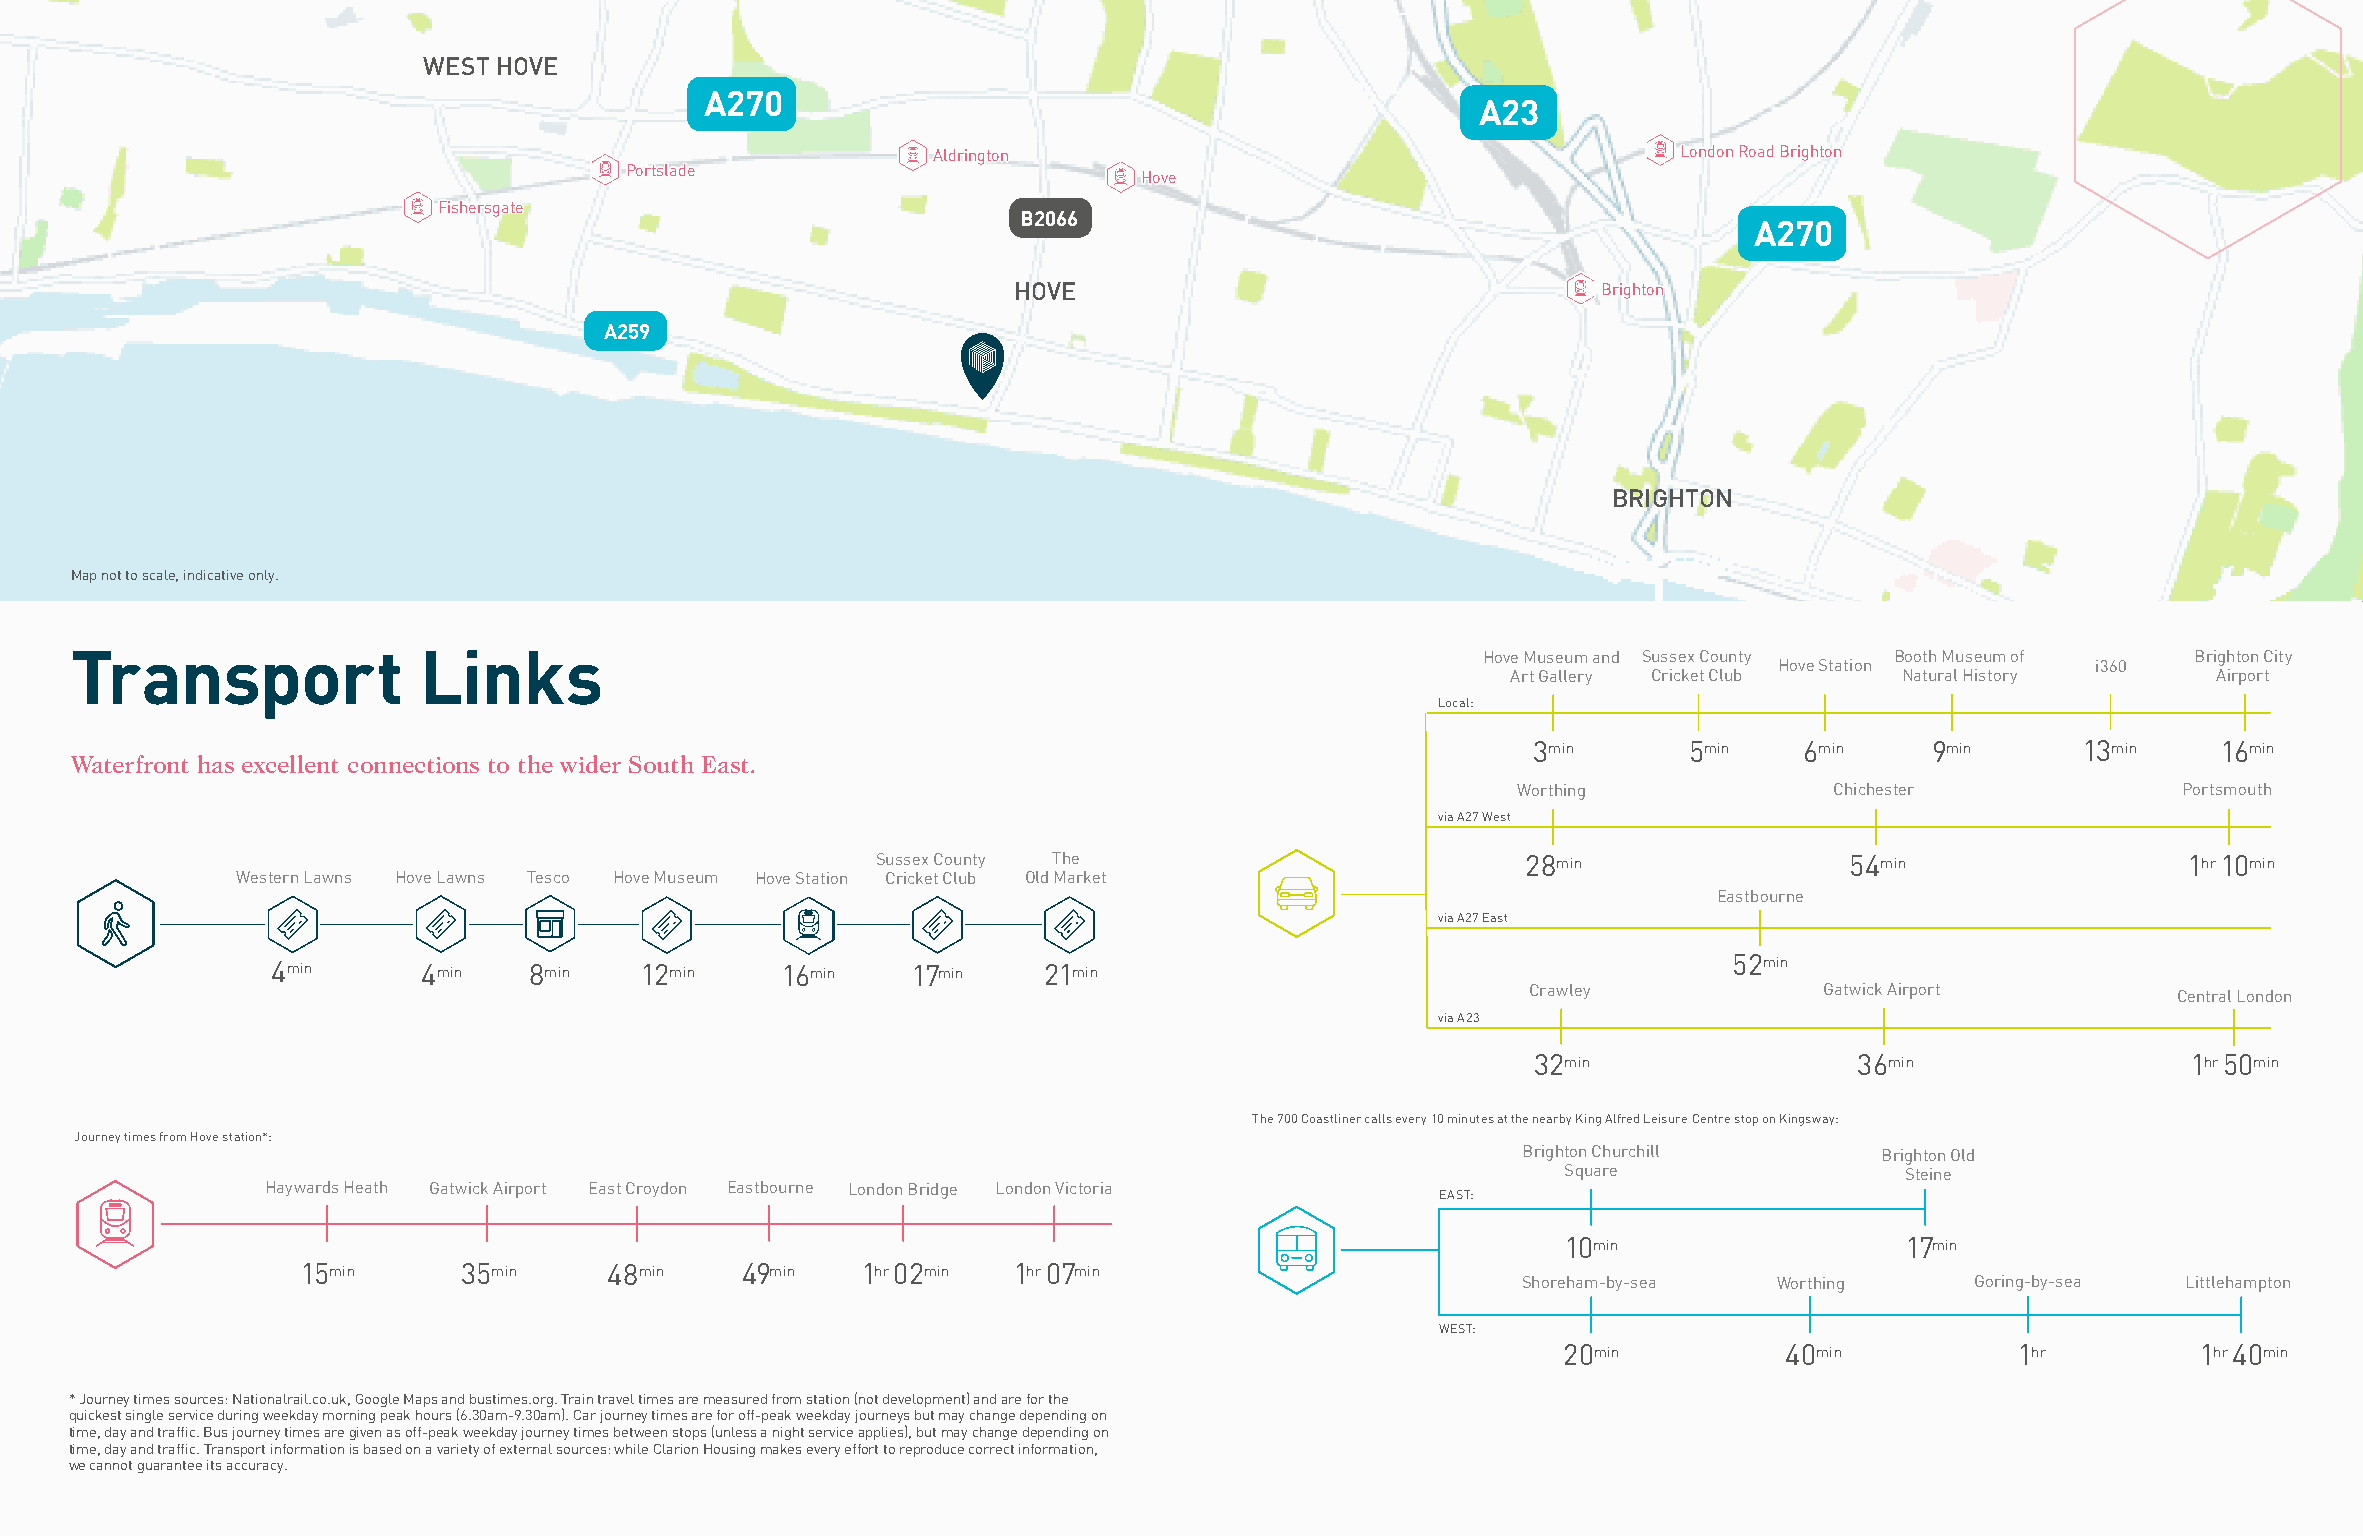
WEST HOVE
 A270
 A23
 AAllddrriinnggttoonn                             LLoonnddoonn RRooaadd BBrriigghhttoonn
 PPoorrttssllaaddee
 HHoovvee
 FFiisshheerrssggaattee
 B2066
 A270
 HOVE                                   BBrriigghhttoonn
 A259
 BRIGHTON
 Map not to scale, indicative only.
 Transport              Links                                                                 Hove Museum and Sussex County Booth Museum of  Brighton City
 Hove Station         i360
 Art Gallery Cricket Club  Natural History      Airport
 Local:
 3min       5min   6min     9min      13min    16min
 Waterfront has excellent connections to the wider South East.
 Worthing             Chichester             Portsmouth
 via A27 West
 Sussex County The                          28min                54min                  1hr 10min
 Western Lawns Hove Lawns Tesco Hove Museum Hove Station Cricket Club Old Market
 Eastbourne
 via A27 East
 4min      4min   8min   12min     16min   17min    21min
 52min
 Crawley             Gatwick Airport
 Central London
 via A23
 32min                36min                 1hr 50min
 The 700 Coastliner calls every 10 minutes at the nearby King Alfred Leisure Centre stop on Kingsway:
 Journey times from Hove station*:
 Brighton Churchill      Brighton Old
 Square                Steine
 Haywards Heath Gatwick Airport East Croydon Eastbourne London Bridge London Victoria
 EAST:
 10min                  17min
 15min     35min     48min    49min   1hr 02min 1hr 07min
 Shoreham-by-sea  Worthing     Goring-by-sea Littlehampton
 WEST:
 20min          40min           1hr         1hr 40min
 * Journey times sources: Nationalrail.co.uk, Google Maps and bustimes.org. Train travel times are measured from station (not development) and are for the
 quickest single service during weekday morning peak hours (6.30am-9.30am). Car journey times are for off-peak weekday journeys but may change depending on
 time, day and traffic. Bus journey times are given as off-peak weekday journey times between stops (unless a night service applies), but may change depending on
 time, day and traffic. Transport information is based on a variety of external sources: while Clarion Housing makes every effort to reproduce correct information,
 we cannot guarantee its accuracy.